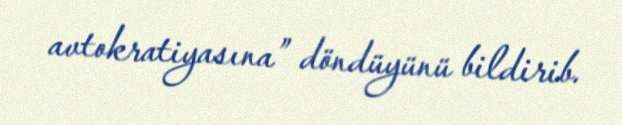
avtokratiyasına” döndüyünü bildirib.